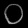
Digit: ၀